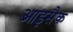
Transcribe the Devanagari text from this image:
आइसैक